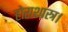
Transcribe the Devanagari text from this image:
होराशास्त्र।